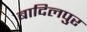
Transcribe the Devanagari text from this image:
बादिलपुर